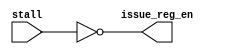
module pipelined_basic_issue_register_control(
                                              input stall,
                                                    
                                              // Outputs sent to issue register
                                              output issue_reg_en
                                              );

   assign issue_reg_en = !stall;
   
endmodule